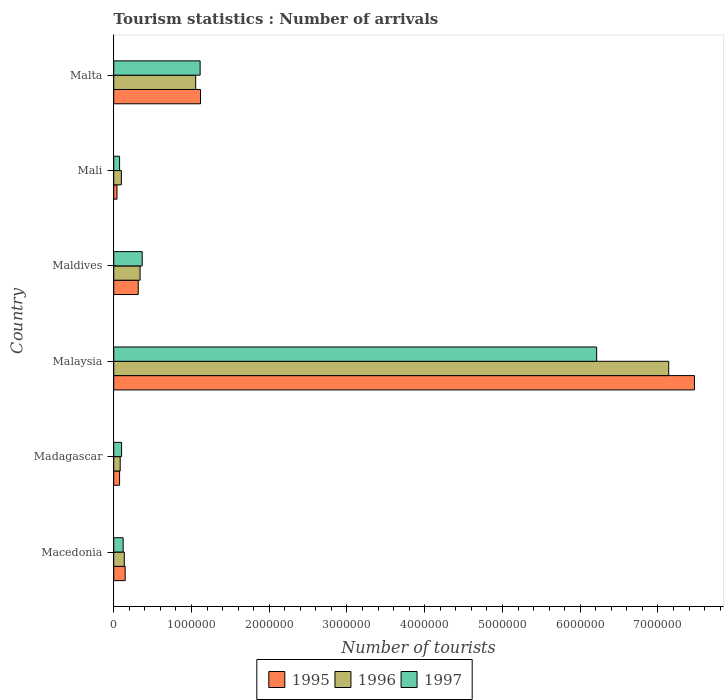
| Country | 1995 | 1996 | 1997 |
 | --- | --- | --- | --- |
 | Macedonia | 1.47e+05 | 1.36e+05 | 1.21e+05 |
 | Madagascar | 7.5e+04 | 8.3e+04 | 1.01e+05 |
 | Malaysia | 7.47e+06 | 7.14e+06 | 6.21e+06 |
 | Maldives | 3.15e+05 | 3.39e+05 | 3.66e+05 |
 | Mali | 4.2e+04 | 9.8e+04 | 7.5e+04 |
 | Malta | 1.12e+06 | 1.05e+06 | 1.11e+06 |